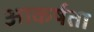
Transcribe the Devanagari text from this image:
आकर्षता